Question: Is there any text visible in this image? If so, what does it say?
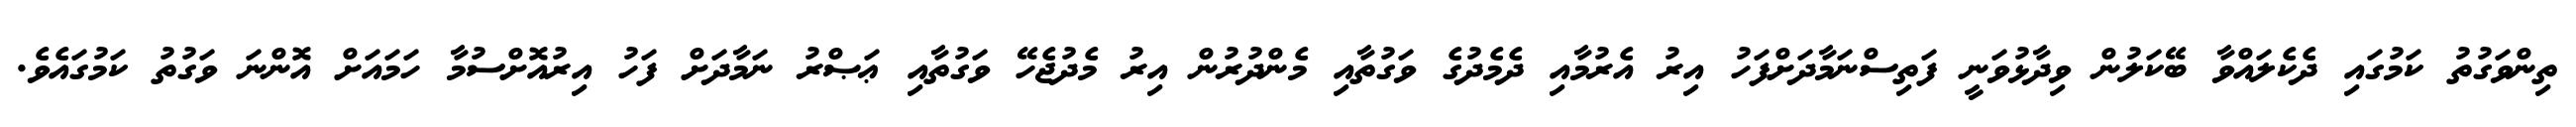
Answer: ތިންވަގުތު ކަމުގައި ދެކެލައްވާ ބޭކަލުން ވިދާޅުވަނީ ފަތިސްނަމާދަށްފަހު އިރު އެރުމާއި ދެމެދުގެ ވަގުތާއި މެންދުރުން އިރު މެދުޖެހޭ ވަގުތާއި ޢަޞްރު ނަމާދަށް ފަހު އިރުއޮށްސުމާ ހަމައަށް އޮންނަ ވަގުތު ކަމުގައެވެ.